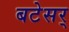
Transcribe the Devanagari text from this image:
बटेसर्